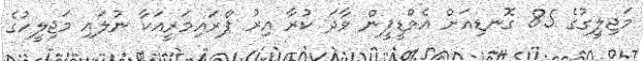
މަޖިލީގުގެ 85 ގޮނޑިއަށް އެމްޑީޕީން ވާދަ ކުރާ އިރު ޕްރައިމަރީއަކާ ނުލައި މަޖިލީހުގެ